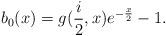
LaTeX: \begin{align*}b_{0}(x)=g(\frac{i}{2},x)e^{-\frac{x}{2}}-1. \end{align*}